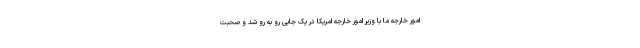
امور خارجه ما با وزیر امور خارجه امریکا در یک جایی رو به رو شد و صحبت